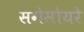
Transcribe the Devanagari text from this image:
सगेसोयरे